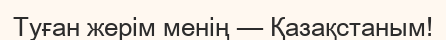
Туған жерім менің — Қазақстаным!